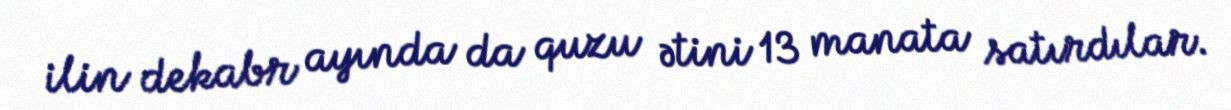
ilin dekabr ayında da quzu ətini 13 manata satırdılar.